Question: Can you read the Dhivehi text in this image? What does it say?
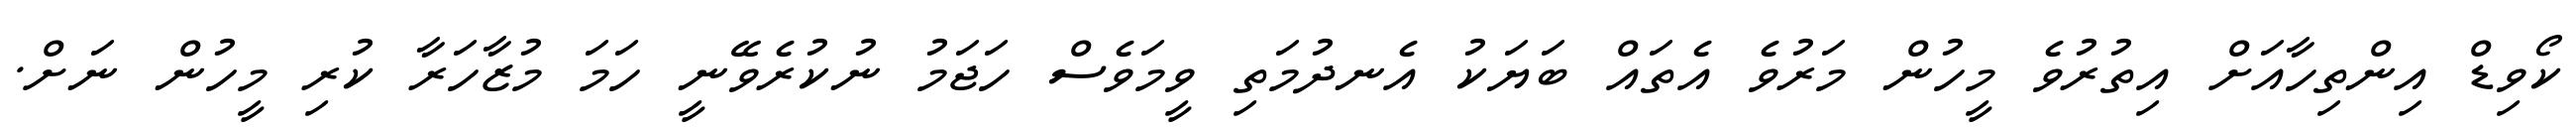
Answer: ކޯވިޑް އިންތިހާއަށް އިތުރުވެ މީހުން މަރުވެ އެތައް ބަޔަކު އެނދުމަތި ވީމަވެސް ހަޖަމު ނުކުރެވޭނީ ހަމަ މުޒާހަރާ ކުރި މީހުން ނަށް.